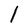
Character: l